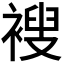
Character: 𫌆